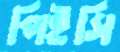
পিইসি